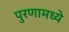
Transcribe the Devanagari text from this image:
पुरणामध्ये